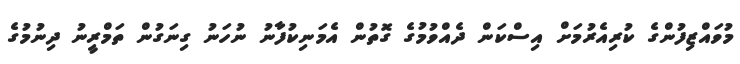
މުވައްޒިފުންގެ ކުރިއެރުމަށް އިސްކަން ދެއްވުމުގެ ގޮތުން އެމަނިކުފާނު ނުހަނު ގިނަގުން ތަމްރީނު ދިނުމުގެ